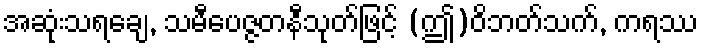
အဆုံးသရချေ, သမီပေဇ္ဇတနီသုတ်ဖြင့် (ဤ)ဝိဘတ်သက်, ကရဿ